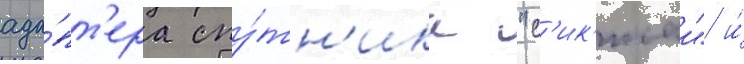
ада́пт'ера спу́тн'ика "с'ик'исаи" и́